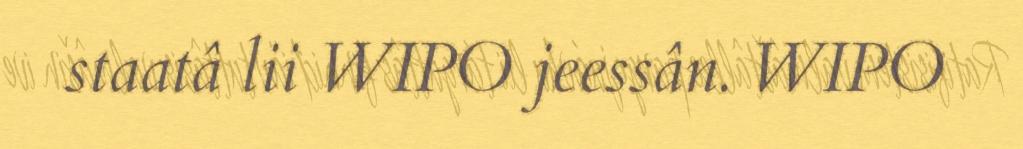
staatâ lii WIPO jeessân. WIPO